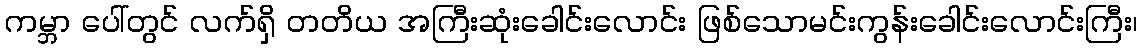
ကမ္ဘာ ပေါ်တွင် လက်ရှိ တတိယ အကြီးဆုံးခေါင်းလောင်း ဖြစ်သောမင်းကွန်းခေါင်းလောင်းကြီး၊